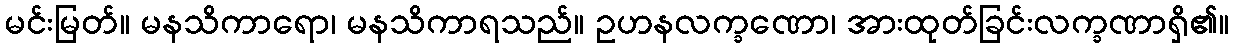
မင်းမြတ်။ မနသိကာရော၊ မနသိကာရသည်။ ဥဟနလက္ခဏော၊ အားထုတ်ခြင်းလက္ခဏာရှိ၏။